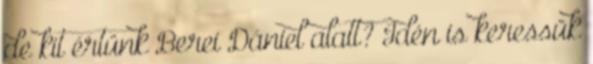
de kit értünk Berei Dániel alatt? Idén is keressük